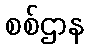
စစ်ဌာန